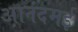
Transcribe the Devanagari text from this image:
आनंदमई